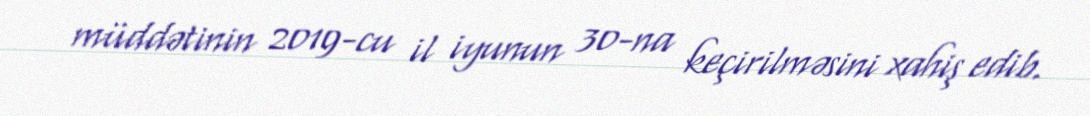
müddətinin 2019-cu il iyunun 30-na keçirilməsini xahiş edib.